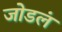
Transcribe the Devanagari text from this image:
जोडलं